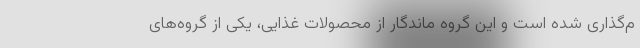
م‌گذاری شده است و این گروه ماندگار از محصولات غذایی، یکی از گروه‌های